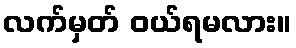
လက်မှတ် ဝယ်ရမလား။